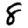
Digit: 8